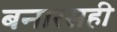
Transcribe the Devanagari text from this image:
बनारसही